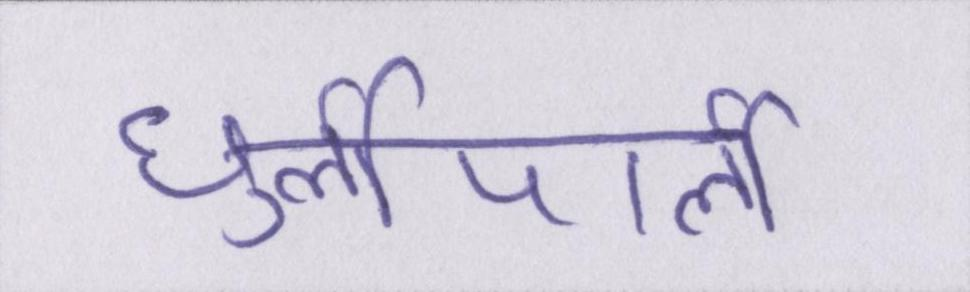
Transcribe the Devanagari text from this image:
धुर्लीपार्ली